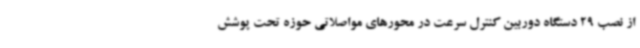
از نصب 29 دستگاه دوربین کنترل سرعت در محورهای مواصلاتی حوزه تحت پوشش